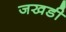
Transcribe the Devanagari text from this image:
जखडी